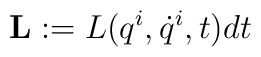
{\bf L}:=L(q^i, \dot q^i, t)dt